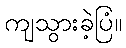
ကျသွားခဲ့ပြံ။